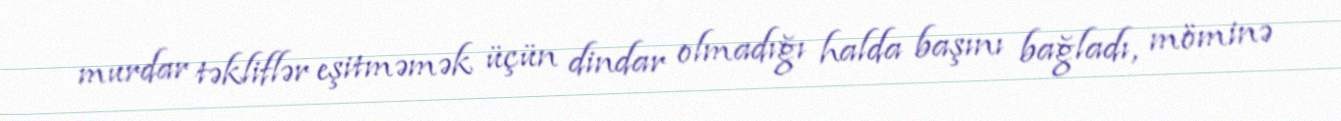
murdar təkliflər eşitməmək üçün dindar olmadığı halda başını bağladı, möminə